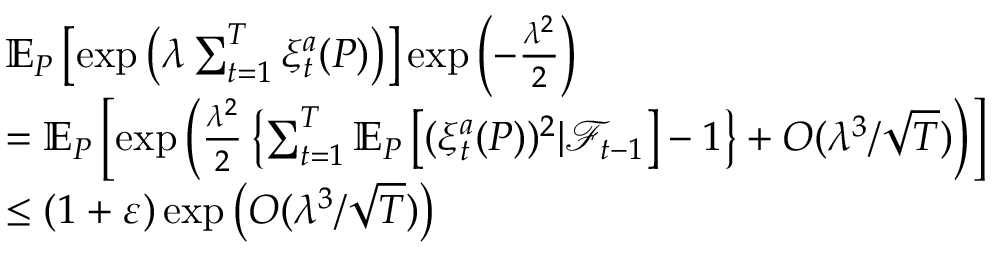
\begin{array} { r l } & { \mathbb { E } _ { P } \left[ \exp \left( \lambda \sum _ { t = 1 } ^ { T } \xi _ { t } ^ { a } ( P ) \right) \right] \exp \left( - \frac { \lambda ^ { 2 } } { 2 } \right) } \\ & { = \mathbb { E } _ { P } \left[ \exp \left( \frac { \lambda ^ { 2 } } { 2 } \left\{ \sum _ { t = 1 } ^ { T } \mathbb { E } _ { P } \left[ ( \xi _ { t } ^ { a } ( P ) ) ^ { 2 } | \mathcal { F } _ { t - 1 } \right] - 1 \right\} + O ( \lambda ^ { 3 } / \sqrt { T } ) \right) \right] } \\ & { \leq ( 1 + \varepsilon ) \exp \left( O ( \lambda ^ { 3 } / \sqrt { T } ) \right) } \end{array}